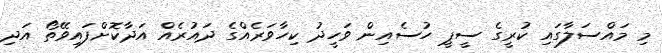
މި މައްސަލާގައި ކުރީގެ ސީޕީ ހުސެއިން ވަހީދު ކިހާވަރެއްގެ ދައުރެއް އަދާކޮށްފައިވޭތޯ އަދި